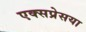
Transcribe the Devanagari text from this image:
एक्सप्रेसया